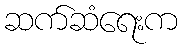
ဆက်ဆံရေးက